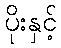
ပိုးနှင့်